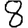
Digit: 8